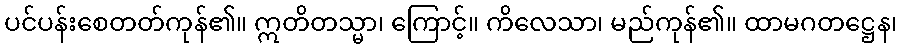
ပင်ပန်းစေတတ်ကုန်၏။ ဣတိတသ္မာ၊ ကြောင့်။ ကိလေသာ၊ မည်ကုန်၏။ ထာမဂတဋ္ဌေန၊